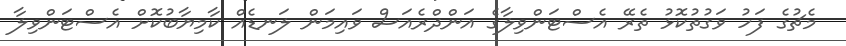
މެޗުގެ ފަހު ވަގުތުކޮޅު ތެރޭ އެސްޓަންވިލާގެ އަންދްރެއަސް ވައިމަން ލަނޑެއް ކާމިޔާބުކޮށް އެސްޓަންވިލާ